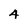
Character: 4